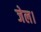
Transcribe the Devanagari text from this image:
जेल।